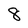
Character: 8